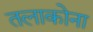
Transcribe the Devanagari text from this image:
तलाकोना